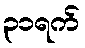
၃၁ရက်